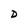
Character: D